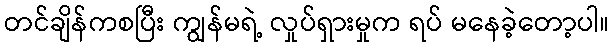
တင်ချိန်ကစပြီး ကျွန်မရဲ့ လှုပ်ရှားမှုက ရပ် မနေခဲ့တော့ပါ။